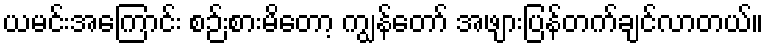
ယမင်းအကြောင်း စဉ်းစားမိတော့ ကျွန်တော် အဖျားပြန်တက်ချင်လာတယ်။